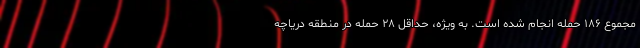
مجموع ۱۸۶ حمله انجام شده است. به ویژه، حداقل ۲۸ حمله در منطقه دریاچه